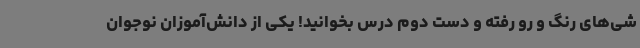
شی‌های رنگ و رو رفته و دست دوم درس بخوانید! یکی از دانش‌آموزان نوجوان